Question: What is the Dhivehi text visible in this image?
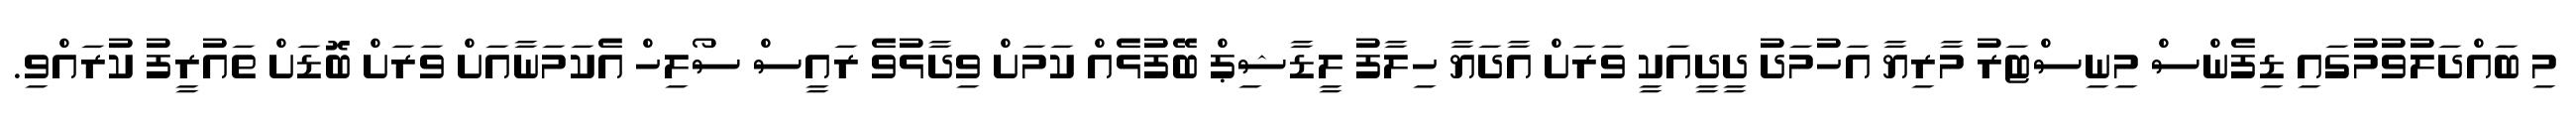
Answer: މި ބައްދަލުވުމުގައި ޑިފެންސް މިނިސްޓަރު މާރިޔާ އަހުމަދު ދީދީއަކީ ވަރަށް އާދަޔާ ހިލާފު ލީޑާޝިޕް ބޭފުޅެއް ކަމަށް ވިދާޅުވެ ރައީސް ސޯލިހް އެކަމަނާއަށް ވަރަށް ބޮޑަށް ތައުރީފު ކުރައްވި.